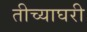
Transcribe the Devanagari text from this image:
तीच्याघरी